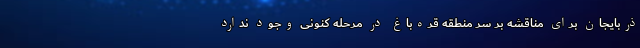
ذربایجان برای مناقشه بر سر منطقه قره‌باغ در مرحله کنونی وجود ندارد